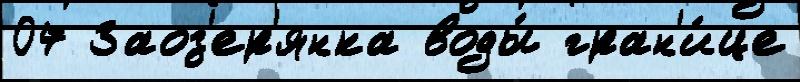
07 Заоз'ер'янка воды́ гран'и́це